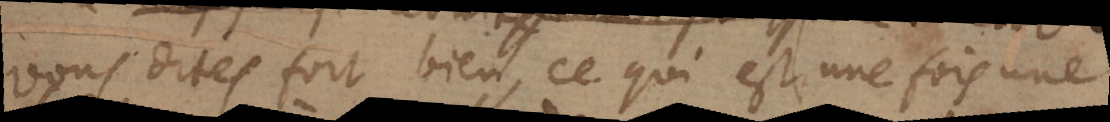
vous dites fort bien, ce qui est une fois une